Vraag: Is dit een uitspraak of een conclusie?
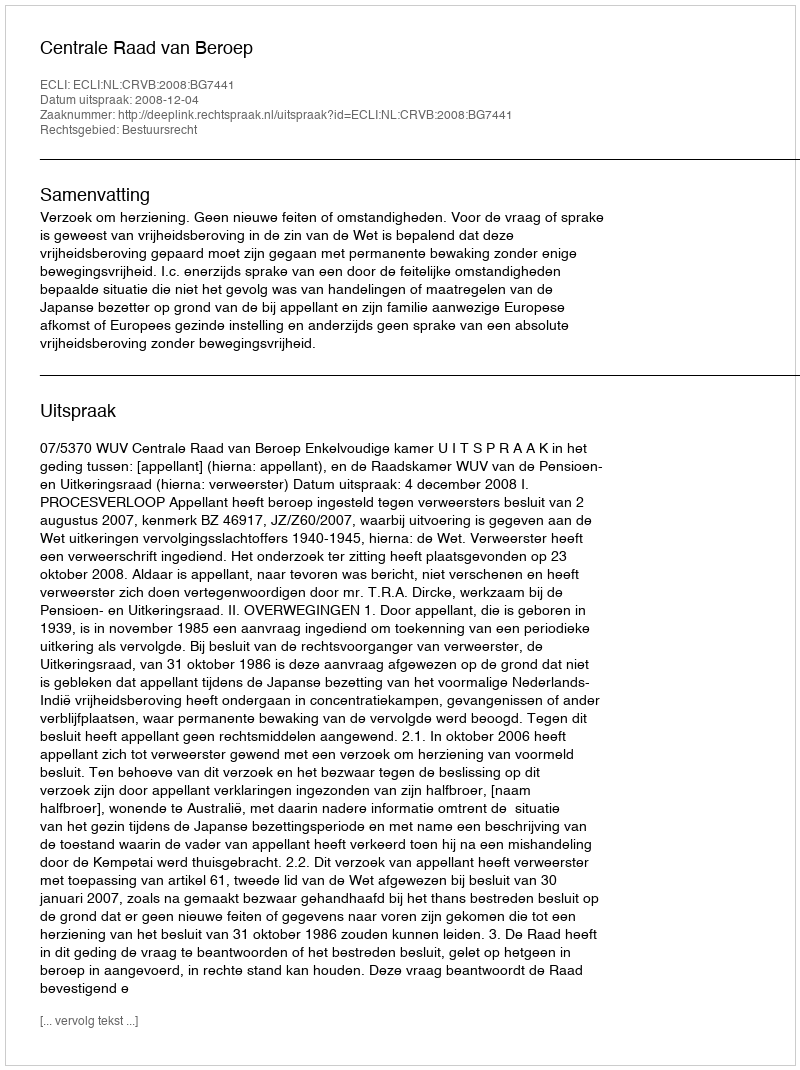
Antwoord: Uitspraak